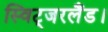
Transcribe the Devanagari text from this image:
स्विट्जरलैंड।